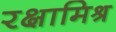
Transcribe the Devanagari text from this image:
रक्षामिश्र